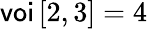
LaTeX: \textsf{voi}\left[2,3\right]=4